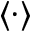
\langle \cdot \rangle